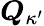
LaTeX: \boldsymbol{Q}_{\kappa^{\prime}}